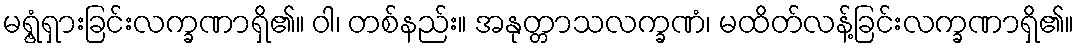
မရွံ့ရှားခြင်းလက္ခဏာရှိ၏။ ဝါ၊ တစ်နည်း။ အနုတ္တာသလက္ခဏံ၊ မထိတ်လန့်ခြင်းလက္ခဏာရှိ၏။